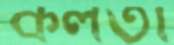
কলতা